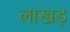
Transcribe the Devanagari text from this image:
लाखड़